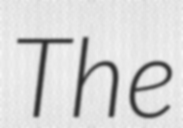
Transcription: The